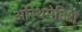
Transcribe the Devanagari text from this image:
अरिथमेटिशे